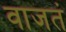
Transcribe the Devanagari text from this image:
वाजतं